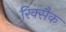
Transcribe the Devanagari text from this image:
रिक्सैक